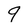
Character: 9